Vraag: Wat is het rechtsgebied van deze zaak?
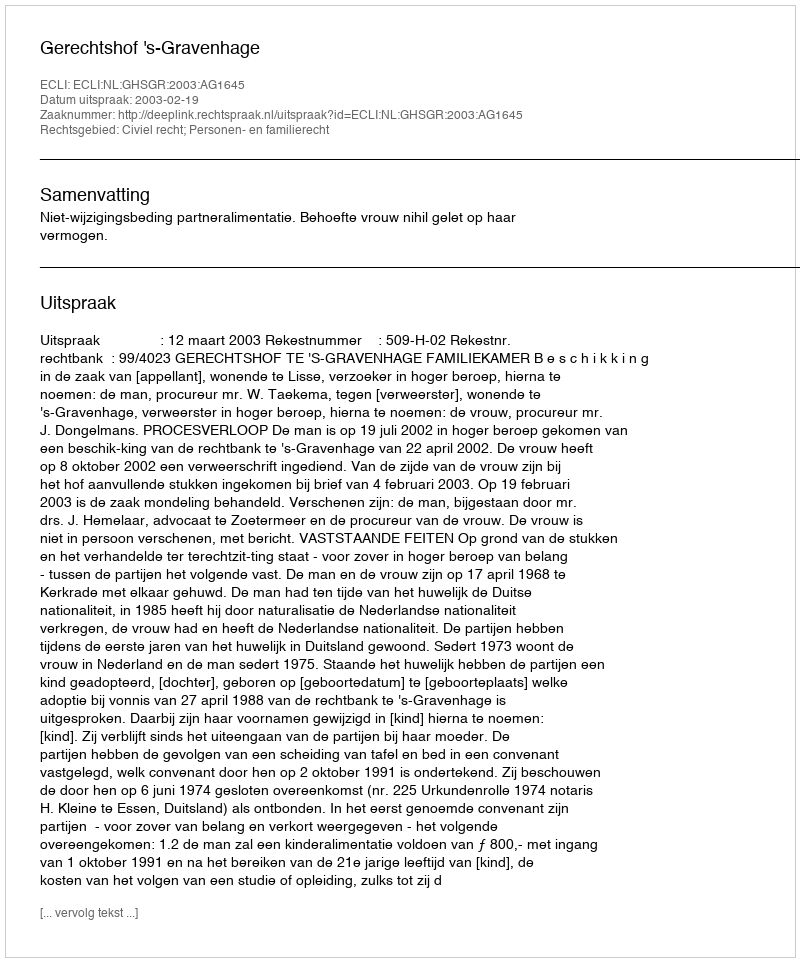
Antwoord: Civiel recht; Personen- en familierecht